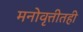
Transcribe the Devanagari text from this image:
मनोवृत्तीतही